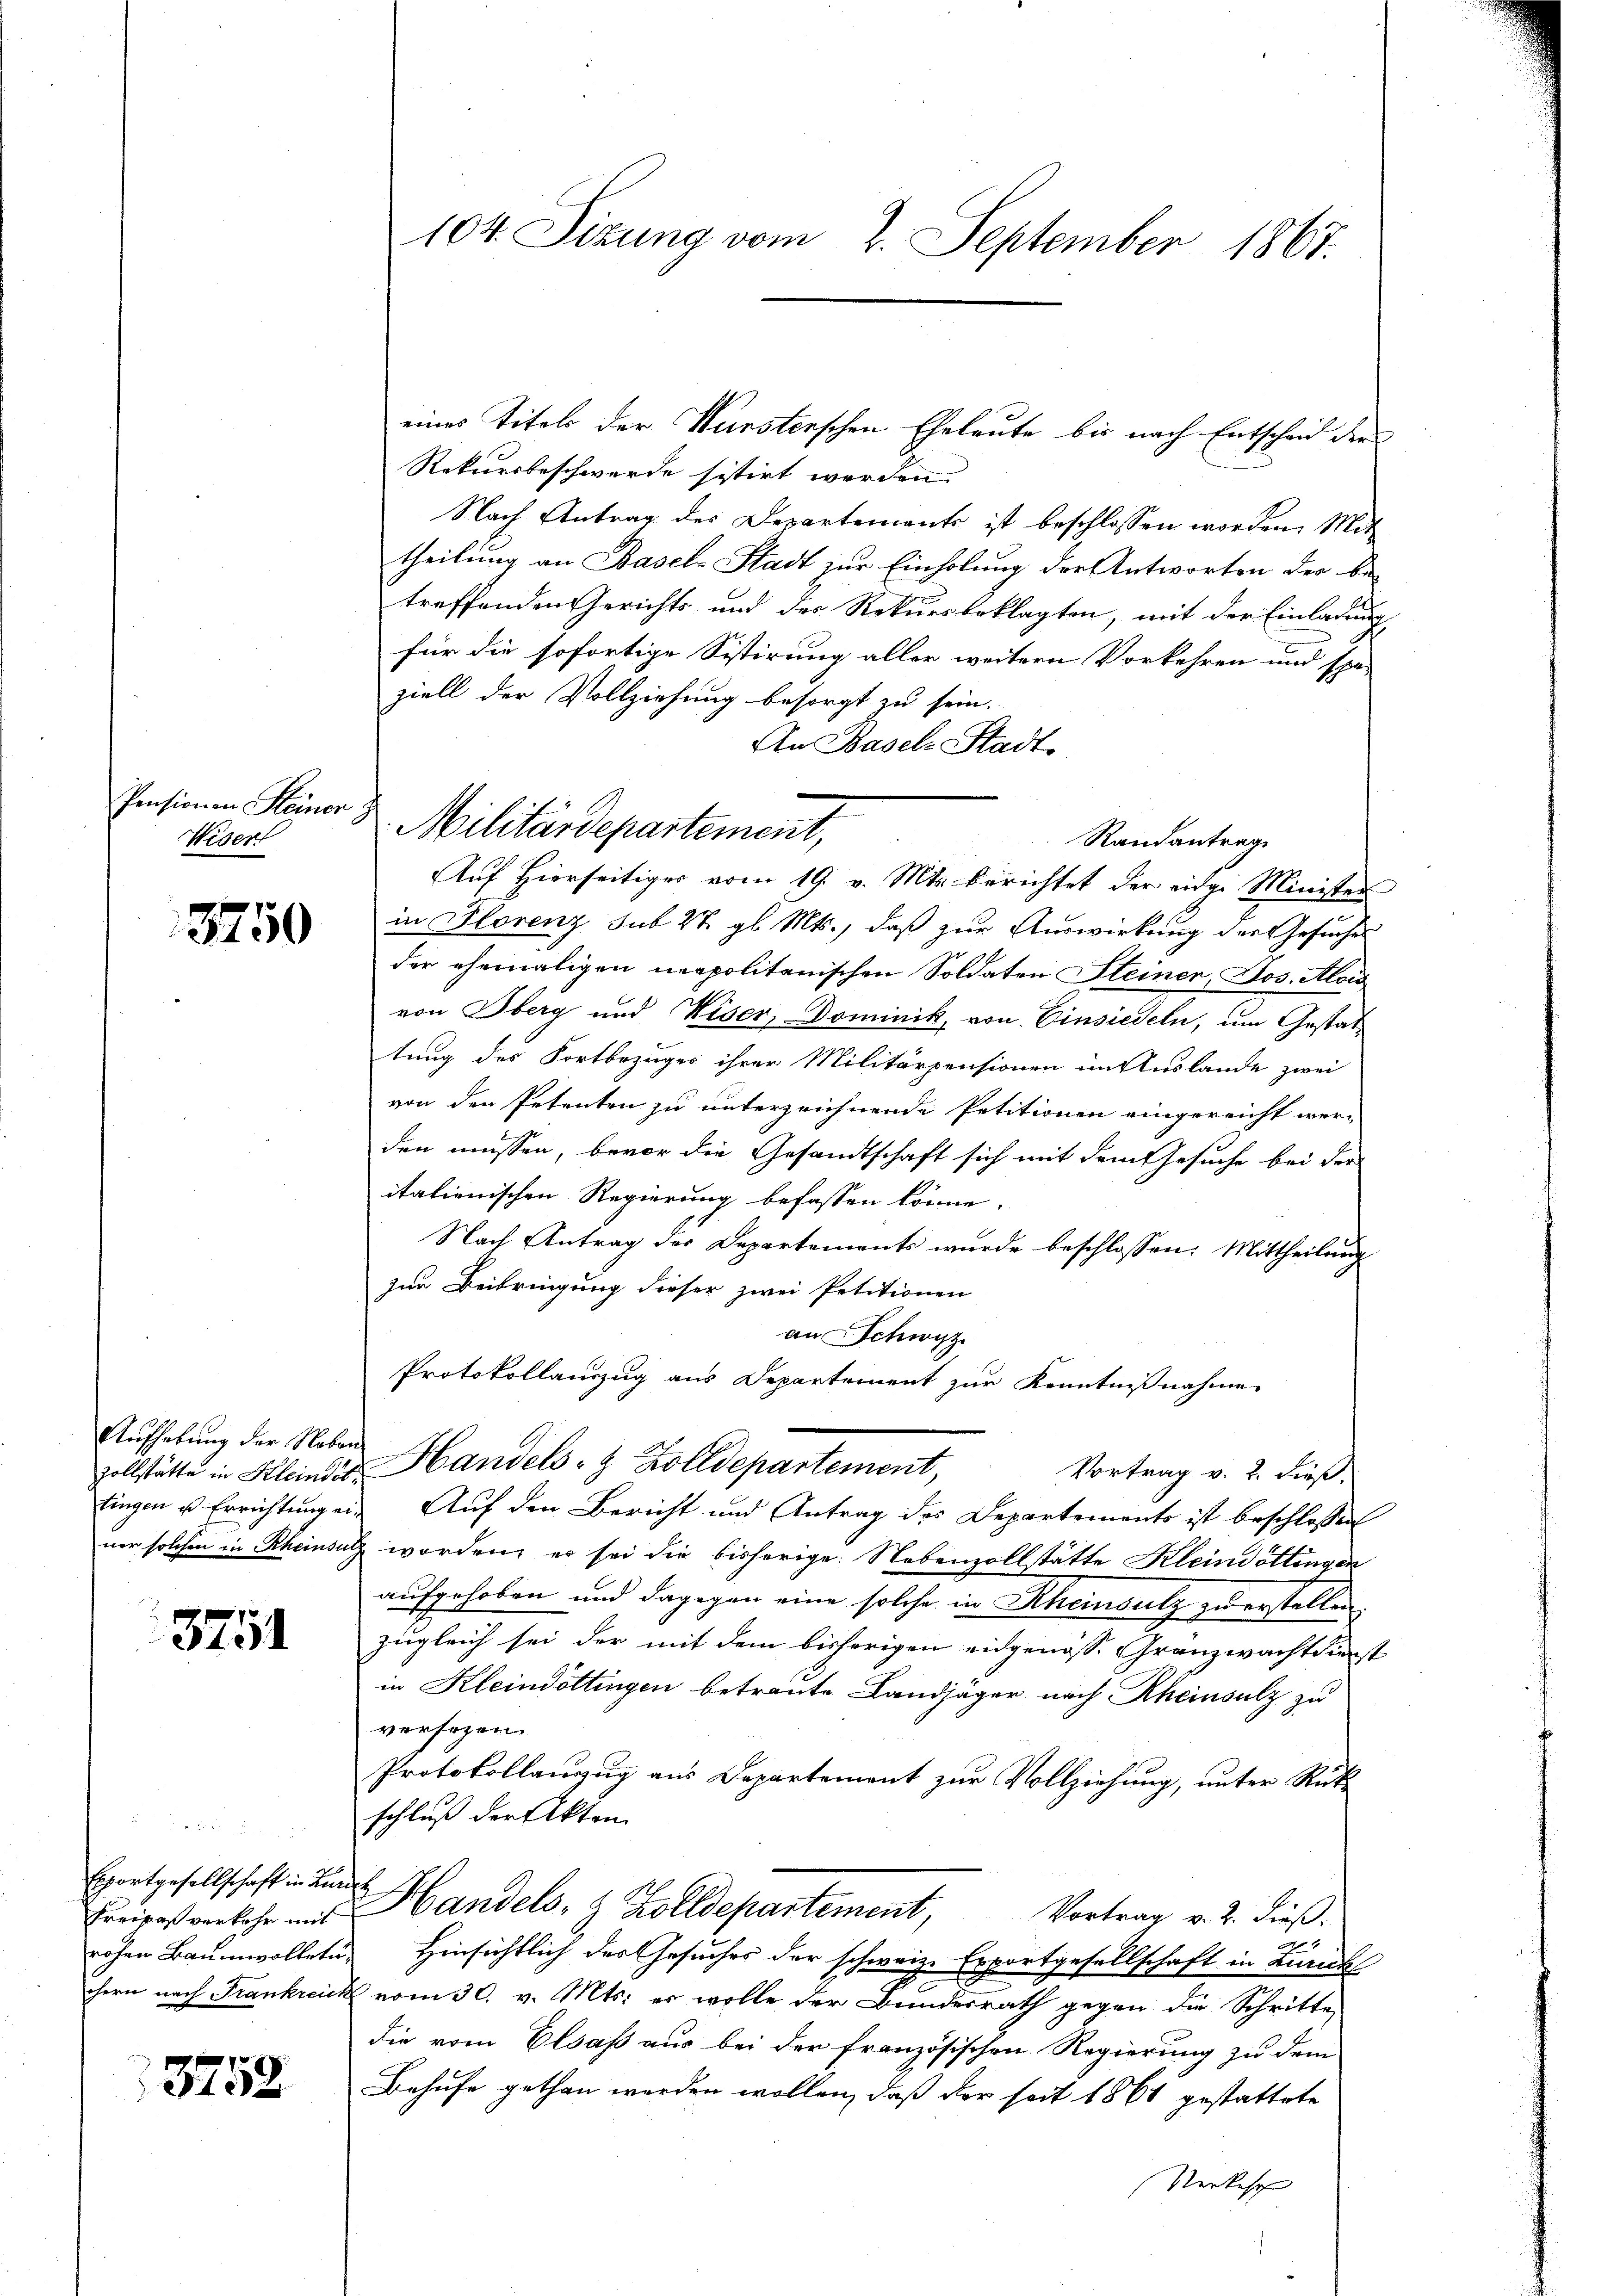
Pensionen Steiner
Wisert

3750

Aufhebung der Neben
zollstätte in Kleindet.
tingen u Errichtung einer solchen in Rheinsul,

3751

f 0 x
Exportgesellschaft in de
Kreises verkehr mit
rohen Baumwollete
chern nach Frankrei

3752

104. Sizung vom 2. September 1867.

eines Titel der Wursterschen Eheleute bis nach Entscheid der
Rekursbeschwerde sistirt worden.
Nach Antrag des Departements ist beschlossen worden. Mit
theilung an Basel-Stadt zur Einholung der Antworten der be
treffenden Gerichts und des Rekursbeklagten, mit der Einladung
für die sofortige Sistirung aller weitern Vorkehren und spä-
ziell der Vollziehung besorgt zu sein.
An Basel-Stadt-
Auf hierseitiges vom 19. v. Mts. berichtet der eidge Minister
in Florenz sub 27. gl. Mts., daß zur Auswirkung der Gesuches
der ehemaligen neapolitanischen Soldaten Steiner, Jos. Alois
von Oberg und Wiser, Dominik, von Einsiedeln, um Gestat
tung des Fortbezuges ihrer Militärpensionen im Auslande zwei
von den Petenten zu unterzeichnende Petitionen eingereicht wer-
den müssen, bevor die Gesandtschaft sich mit dem Gesuche bei der
itationischen Regierung befassen könne.
Nach Antrag der Departements wurde beschlossen: Mittheilung
zur Beibringung dieser zwei Petitionen
an Schwyz
Protokollauszug aus Departement zur Kenntnißnahme
Handels- & Zolldepartement,
Vortrag v. 2. dieß.
Auf den Bericht und Antrag des Departements ist beschlossen
& worden, es sei die bisherige Nebenzollstätte Kleindottingen
aufgehoben und dagegen eine solche in Rheinsatz zu erstellen
zugleich sei der mit dem bisherigen eidgenöss. Granzwachtdienst
in Kleindöttingen betraute Landjäger nach Rheinsatz zu
versezen.
Protokollanzug aus Departement zur Vollziehung, unter Rük
schluß der Akten
Handels, z. Zolldepartement,
Vortrag v. 2. dieß.
6
Hinsichtlich der Gesuches der schweiz. Erportgesellschaft in Zürich
vom 30. v. Mts. er wolle der Bundesrath gegen die Schritten
die vom Elsaß aus bei der französischen Regierung zu dem
Behufe gethan werden wollen, daß der seit 1861 gestattete
Verkehr

2 Militärdepartement,

Randantrag